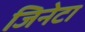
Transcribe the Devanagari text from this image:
जिनेटा